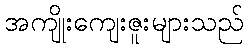
အကျိုးကျေးဇူးများသည်